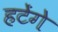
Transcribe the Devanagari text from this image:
हटेंगे